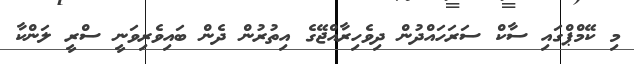
މި ކޭމްޕްގައި ސާކް ސަރަހައްދުން ދިވެހިރާއްޖޭގެ އިތުރުން ދެން ބައިވެރިވަނީ ސްރީ ލަންކާ